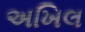
અખિલ